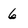
Character: 6